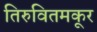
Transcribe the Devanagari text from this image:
तिरुवितमकूर